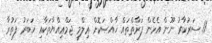
11. ސަރުކާރު ނޫން އެހެން ފަރާތްތައް ޚާއްޞަކޮށް ޢިލްމީ ޖަމްޢިއްޔާތަކާއި ޚަބަރު ފަތުރާ